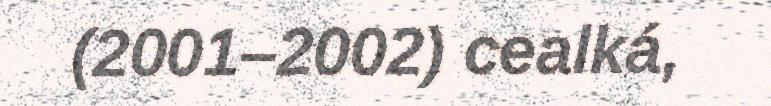
(2001–2002) cealká,